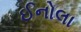
ઈનોલા